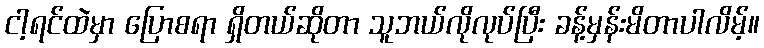
ငါ့ရင်ထဲမှာ ပြောစရာ ရှိတယ်ဆိုတာ သူဘယ်လိုလုပ်ပြီး ခန့်မှန်းမိတာပါလိမ့်။